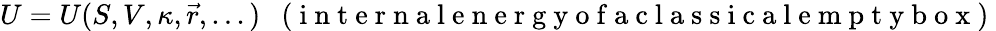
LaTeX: U=U(S,V,\kappa,\vec{r},...)\enspace\mathrm{~(~i~n~t~e~r~n~a~l~e~n~e~r~g~y~o~f~a~c~l~a~s~s~i~c~a~l~e~m~p~t~y~b~o~x~)~}